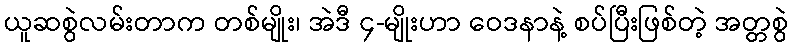
ယူဆစွဲလမ်းတာက တစ်မျိုး၊ အဲဒီ ၄-မျိုးဟာ ဝေဒနာနဲ့ စပ်ပြီးဖြစ်တဲ့ အတ္တစွဲ